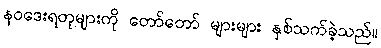
နဝဒေးရတုများကို တော်တော် များများ နှစ်သက်ခဲ့သည်။